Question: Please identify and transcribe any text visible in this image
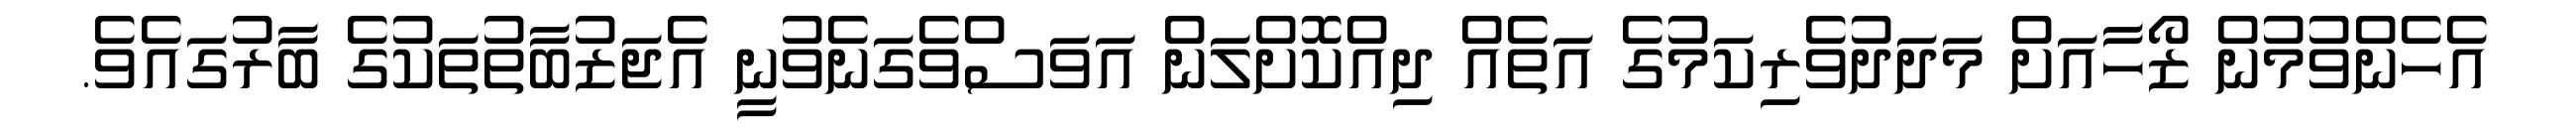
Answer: އެހެންވުމުން ޒޯހާއަށް މަދަދުވެރިކަމުގެ އަތެއް ދިއްކޮށްލަން އަވަސްވެގަނެވުނީ އެޖަޒުބާތުތަކުގެ ބާރުގައެވެ.